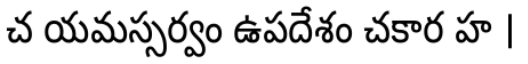
చ యమస్సర్వం ఉపదేశం చకార హ ।